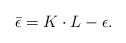
LaTeX: \begin{align*} \bar{\epsilon} = K \cdot L - \epsilon.\end{align*}